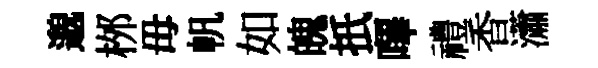
邈桞毋帆如魄扺嗶禮香瀟